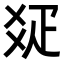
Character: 𤕟